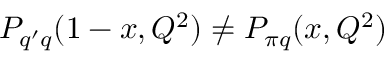
{ \cal P } _ { q ^ { \prime } q } ( 1 - x , Q ^ { 2 } ) \not = { \cal P } _ { \pi q } ( x , Q ^ { 2 } )